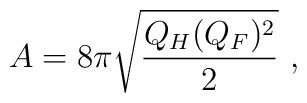
A=  8\pi \sqrt {Q_H (Q_F)^2\over 2} \ ,